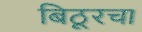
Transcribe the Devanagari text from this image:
बिठूरचा